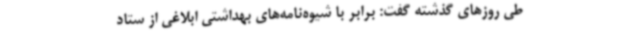
طی روزهای گذشته گفت: برابر با شیوه‌نامه‌های بهداشتی ابلاغی از ستاد